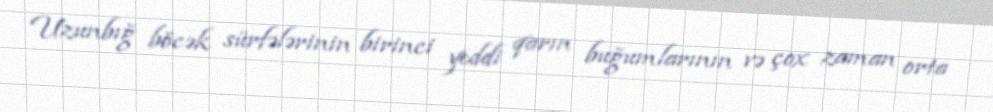
Uzunbığ böcək sürfələrinin birinci yeddi qarın buğumlarının və çox zaman orta